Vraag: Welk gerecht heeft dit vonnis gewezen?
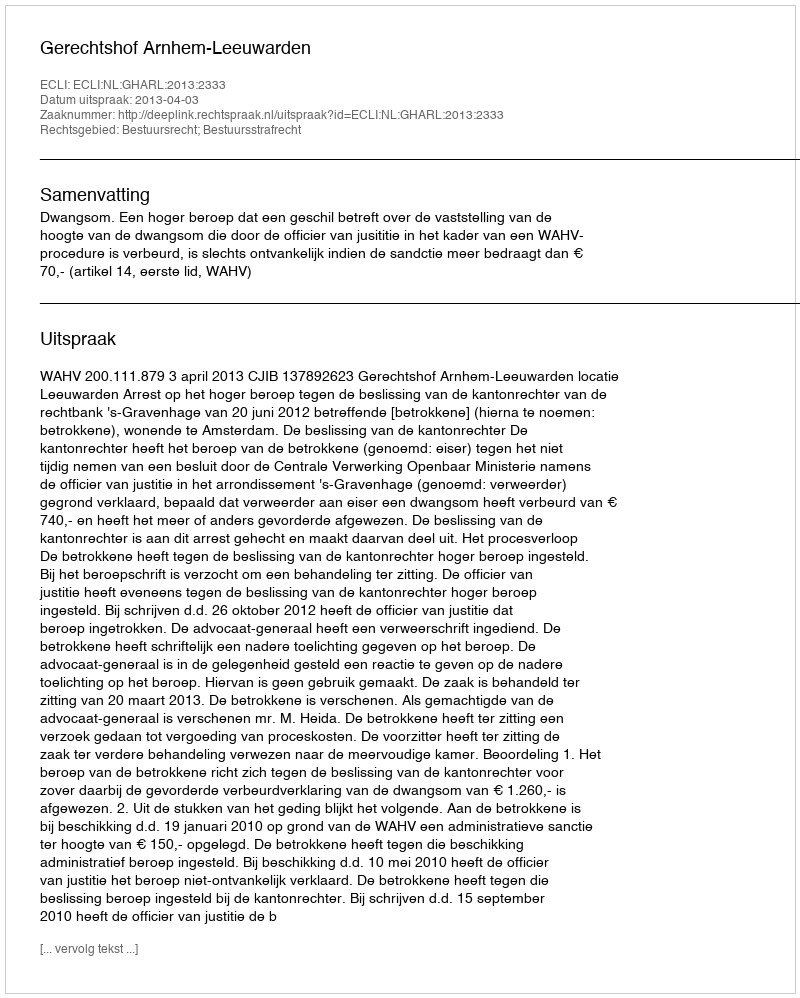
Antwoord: Gerechtshof Arnhem-Leeuwarden